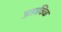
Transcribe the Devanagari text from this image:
उताविळ